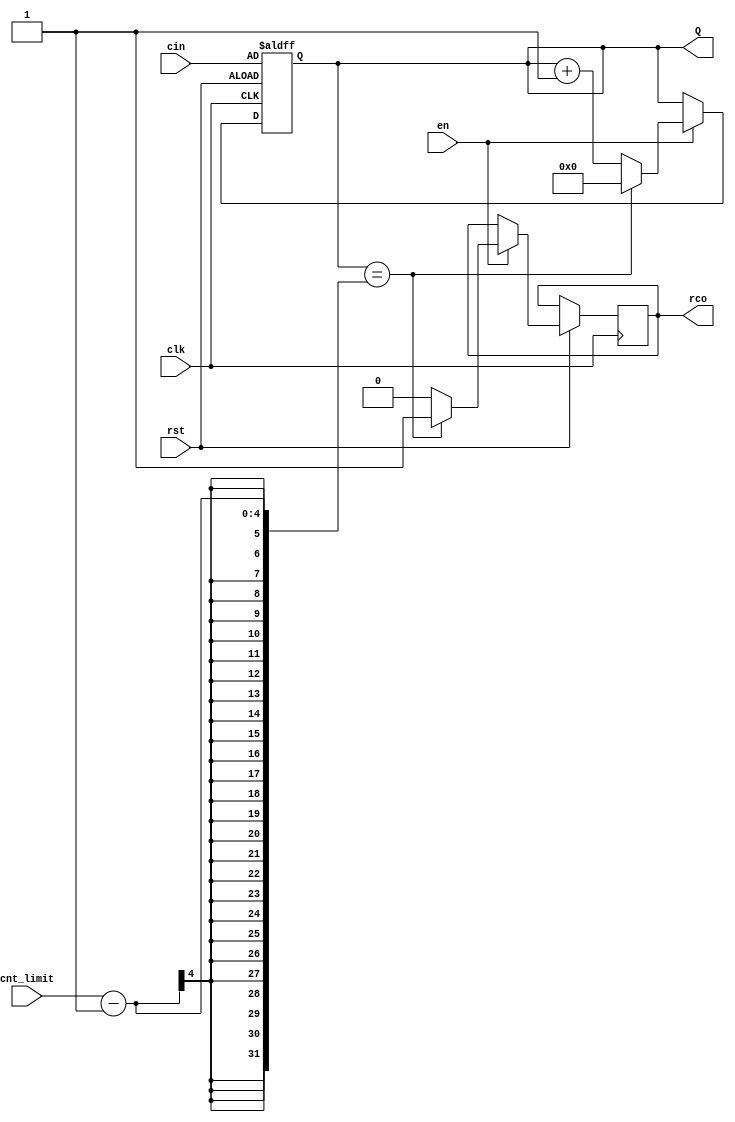
module Counter(
    input clk,
    input en,
    input rst,
	 input [3:0] cin,
    input [3:0] cnt_limit,
    output reg[3:0] Q = 0,
    output reg rco = 0
    );
	 

	 always @ (posedge clk or negedge rst) begin
	     if (!rst) begin
		      Q <= cin;
		  end
		  else begin
			  if (en) begin
					if (Q == cnt_limit - 1) begin
						 Q <= 0;
						 rco <= 1;
					end
					else begin
						 Q <= Q + 1;
						 rco <= 0;
					end
			  end
		  end
	 end
	 

endmodule